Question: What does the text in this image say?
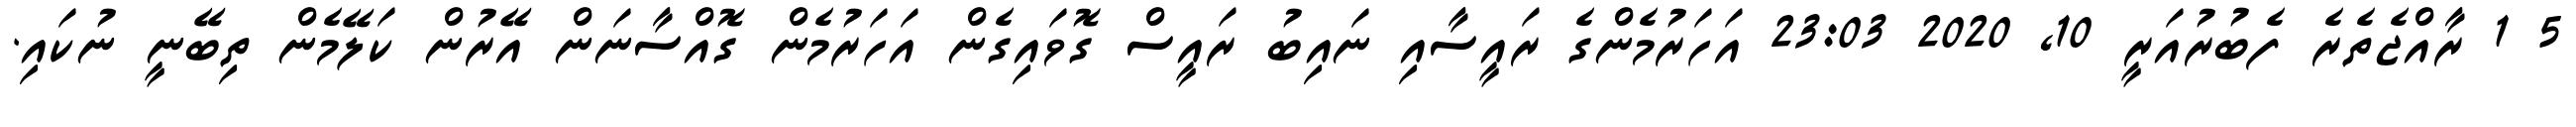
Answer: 5 1 ރާއްޖެތެރެ ފެބުރުއަރީ 10, 2020 23:03 އަހަރުމެންގެ ރައީސާއި ނައިބު ރައީސް ގޮވައިގެން އަހަރުމެން ގޮއްސާނަން އޭރުން ކަލޭމެން ތިބޭނީ ނުކައި.